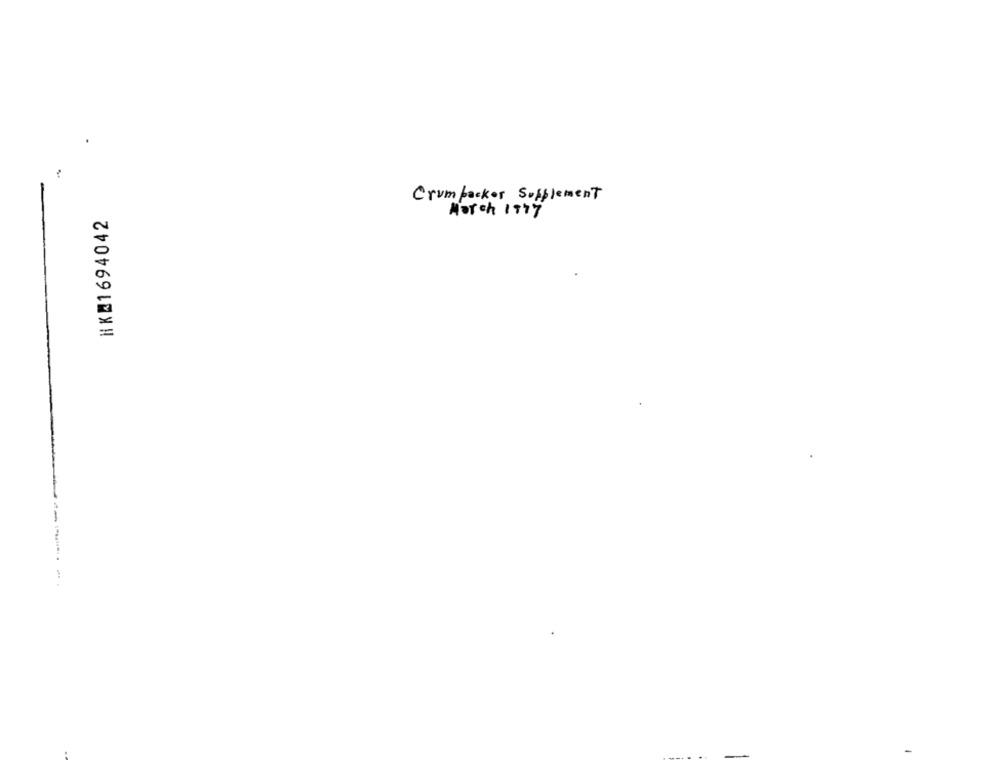
Crumpacker Supplement
HK@1694042
March 1977